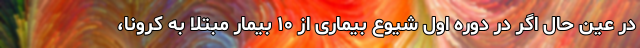
در عین حال اگر در دوره اول شیوع بیماری از ۱۰ بیمار مبتلا به کرونا،